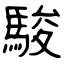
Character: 駿